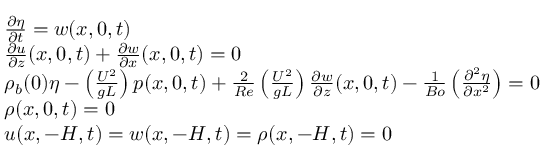
\begin{array} { r l } & { \frac { \partial \eta } { \partial t } = w ( x , 0 , t ) } \\ & { \frac { \partial u } { \partial z } ( x , 0 , t ) + \frac { \partial w } { \partial x } ( x , 0 , t ) = 0 } \\ & { \rho _ { b } ( 0 ) \eta - \left( \frac { U ^ { 2 } } { g L } \right) p ( x , 0 , t ) + \frac { 2 } { R e } \left( \frac { U ^ { 2 } } { g L } \right) \frac { \partial w } { \partial z } ( x , 0 , t ) - \frac { 1 } { B o } \left( \frac { \partial ^ { 2 } \eta } { \partial x ^ { 2 } } \right) = 0 } \\ & { \rho ( x , 0 , t ) = 0 } \\ & { u ( x , - H , t ) = w ( x , - H , t ) = \rho ( x , - H , t ) = 0 } \end{array}